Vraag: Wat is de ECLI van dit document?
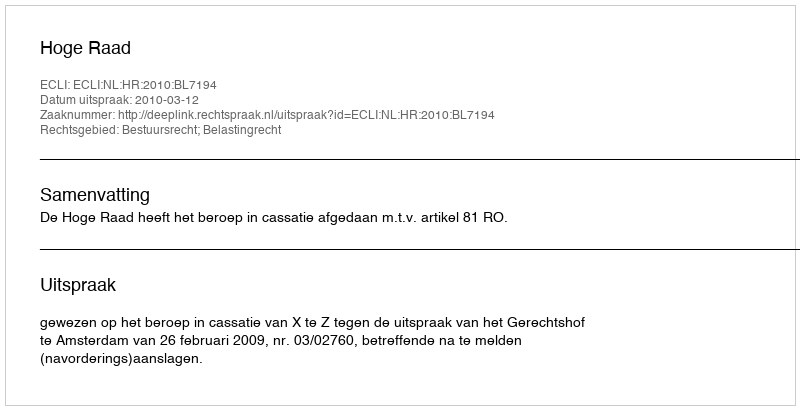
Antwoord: ECLI:NL:HR:2010:BL7194